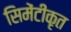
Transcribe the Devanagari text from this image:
सिमेंटीकृत